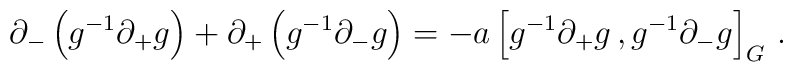
\partial_{-}\left(g^{-1}\partial_{+}g \right)    + \partial_{+}\left(g^{-1}\partial_{-}g \right)    = - a \left[g^{-1}\partial_{+}g \,, g^{-1}\partial_{-}g    \right]_{G}\,.